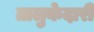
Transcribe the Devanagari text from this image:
तालुकेदारी